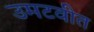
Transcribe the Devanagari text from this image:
उमटवीत